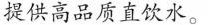
提供高品质直饮水。